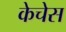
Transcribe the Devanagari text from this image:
केचेस